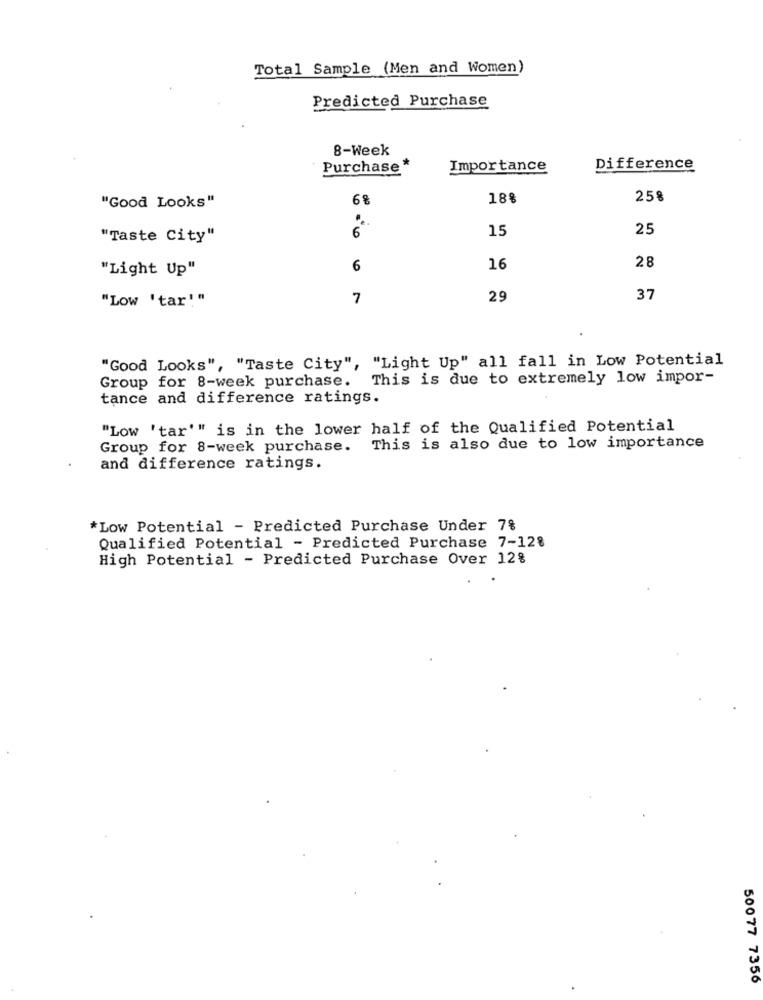
Total Sample (Men and Women)
Predicted Purchase
8-Week
Purchase'
Importance
Difference
"Good Looks"
68
188
258
6
15
25
"Taste City"
28
"Light Up"
6
16
"Low 'tar!"
7
29
37
"Good Looks", "Taste City", "Light Up" all fall in Low Potential
Group for 8-week purchase. This is due to extremely low impor-
tance and difference ratings.
"Low 'tar'" is in the lower half of the Qualified Potential
Group for 8-week purchase.
This is also due to low importance
and difference ratings.
*Low Potential - Predicted Purchase Under 7%
Qualified Potential - Predicted Purchase 7-12%
High Potential - Predicted Purchase Over 12%
50077 7356